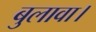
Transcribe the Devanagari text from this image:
बुलावा।